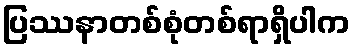
ပြဿနာတစ်စုံတစ်ရာရှိပါက